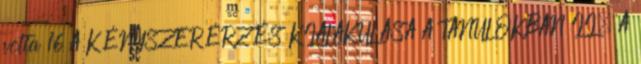
volta 16 A KÉNYSZERÉRZÉS KIALAKULÁSA A TANULÓKBAN II. A